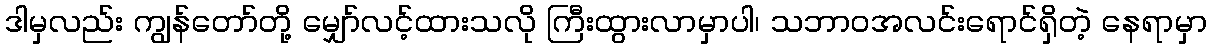
ဒါမှလည်း ကျွန်တော်တို့ မျှော်လင့်ထားသလို ကြီးထွားလာမှာပါ၊ သဘာဝအလင်းရောင်ရှိတဲ့ နေရာမှာ